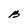
Character: B